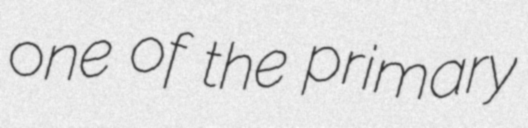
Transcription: one of the primary